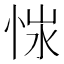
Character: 𢚭